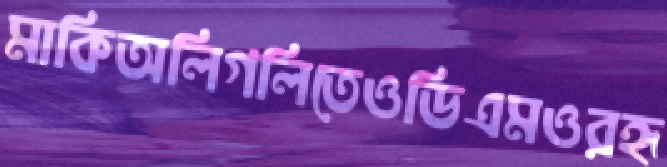
মাকিঅলিগলিতেওডিএমওরহৃ